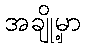
အချို့မှာ